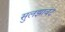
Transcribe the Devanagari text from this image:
सुलझावट